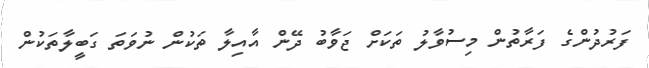
ފަރުދުންގެ ފަރާތުން މިސުވާލު ތަކަށް ޖަވާބު ދޭން އާއިލާ ތަކުން ނުވަތަ ގަބީލާތަކުން